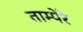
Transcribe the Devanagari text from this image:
ताम्पेरे